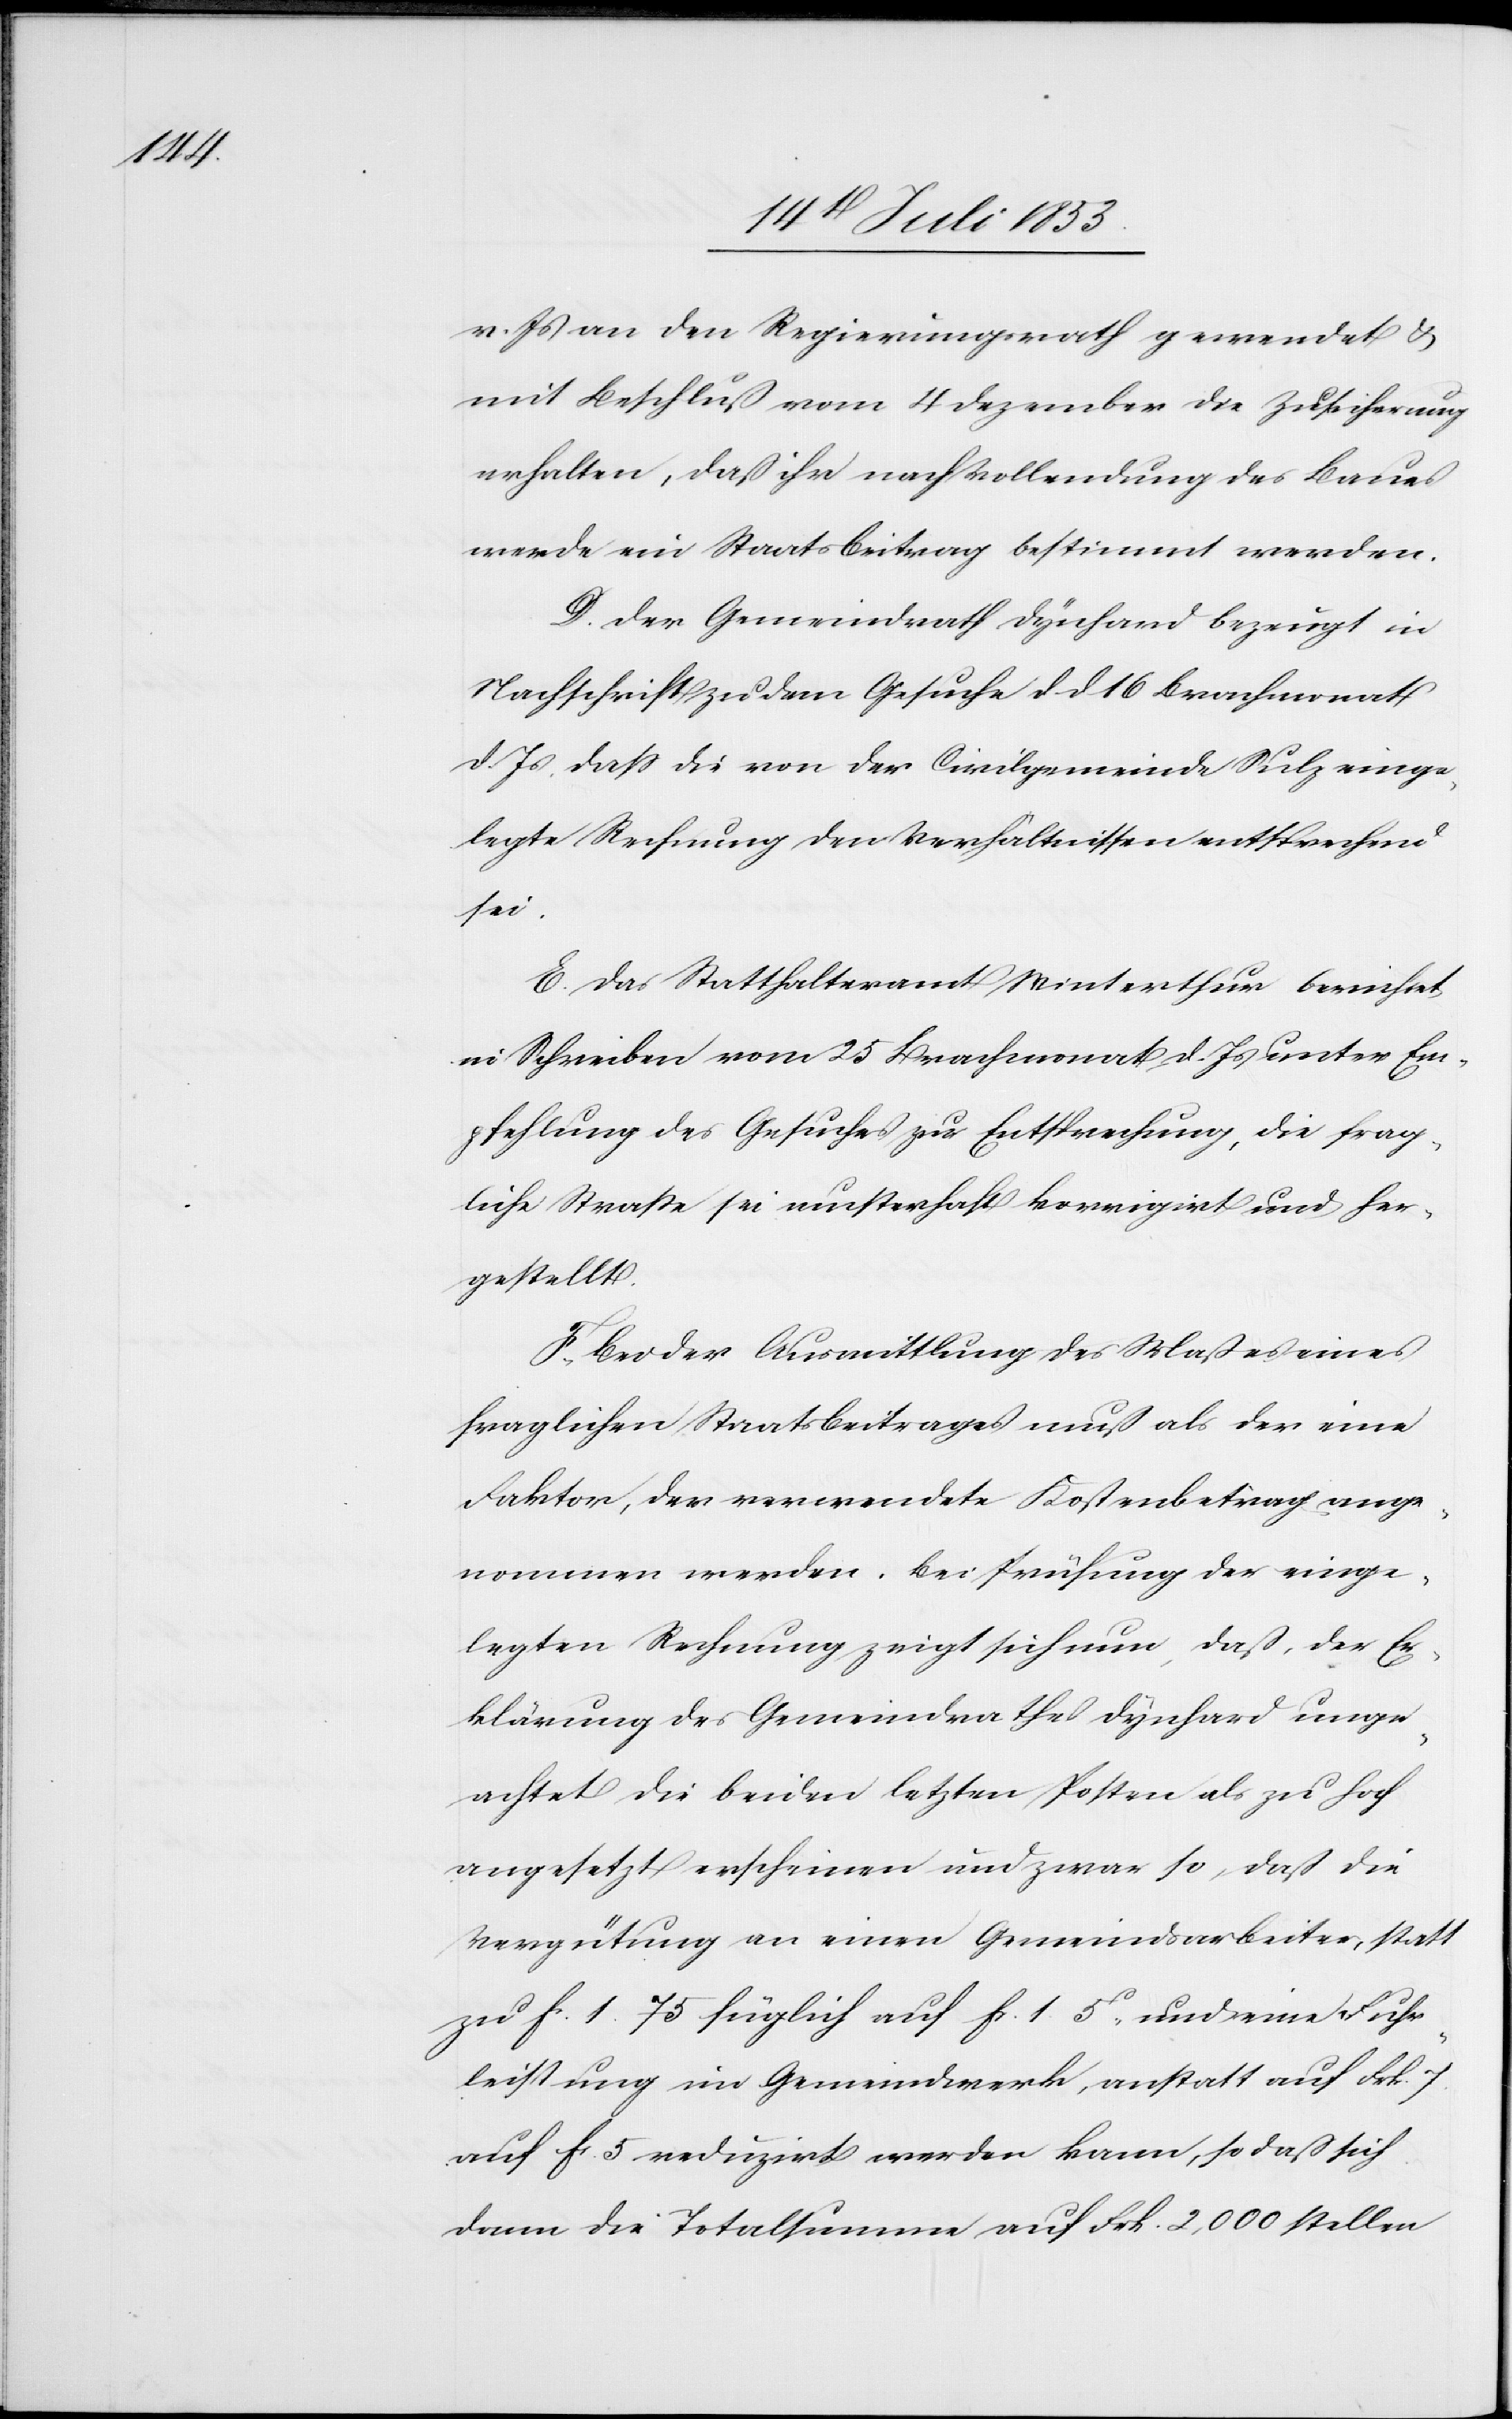
v. Js. an den Regierungsrath gewendet u.
mit Beschluß vom 4 Dezember die Zusicherung
erhalten, daß ihr nach Vollendung des Baues
werde ein Staatsbeitrag bestimmt werden.
D. Der Gemeindrath Dynhard bezeugt in
Nachschrift zu dem Gesuche d. d. 16 Brachmonat
d. Js., daß die von der Civilgemeinde Sulz einge¬
legte Rechnung den Verhältnissen entsprechend
sei.
E. Das Statthalteramt Winterthur berichtet
in Schreiben vom 25 Brachmonat d. Js. unter Em¬
pfehlung des Gesuches zur Entsprechung, die frag¬
liche Straße sei außerhalb korrigirt und her¬
gestellt.
F. Bei der Ausmittlung des Maßes eines
fraglichen Staatsbeitrages muß als der eine
Faktor, der verwendete Kostenbetrag ange¬
nommen werden. Bei Prüfung der einge¬
legten Rechnung zeigt sich nun, daß, der Er¬
klärung des Gemeindrathes Dynhard unge¬
achtet die beiden letzten Posten als zu hoch
angesetzt erscheinen und zwar so, daß die
Vergütung an einen Gemeindsarbeiter, statt
zu fr. 1.75 füglich auf fr. 1.5c und eine Fuhr¬
leistung im Gemeindwerk, anstatt auf Frk. 7
auf fr. 5 reduzirt werden kann, so daß sich
dann die Totalsumme auf Frk. 2,000 stellen